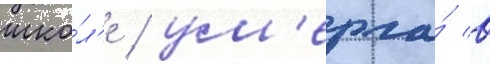
шко́л'е / ум'ерла́ в